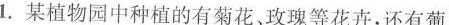
1. 某植物园中种植的有菊花、玫瑰等花卉，还有葡